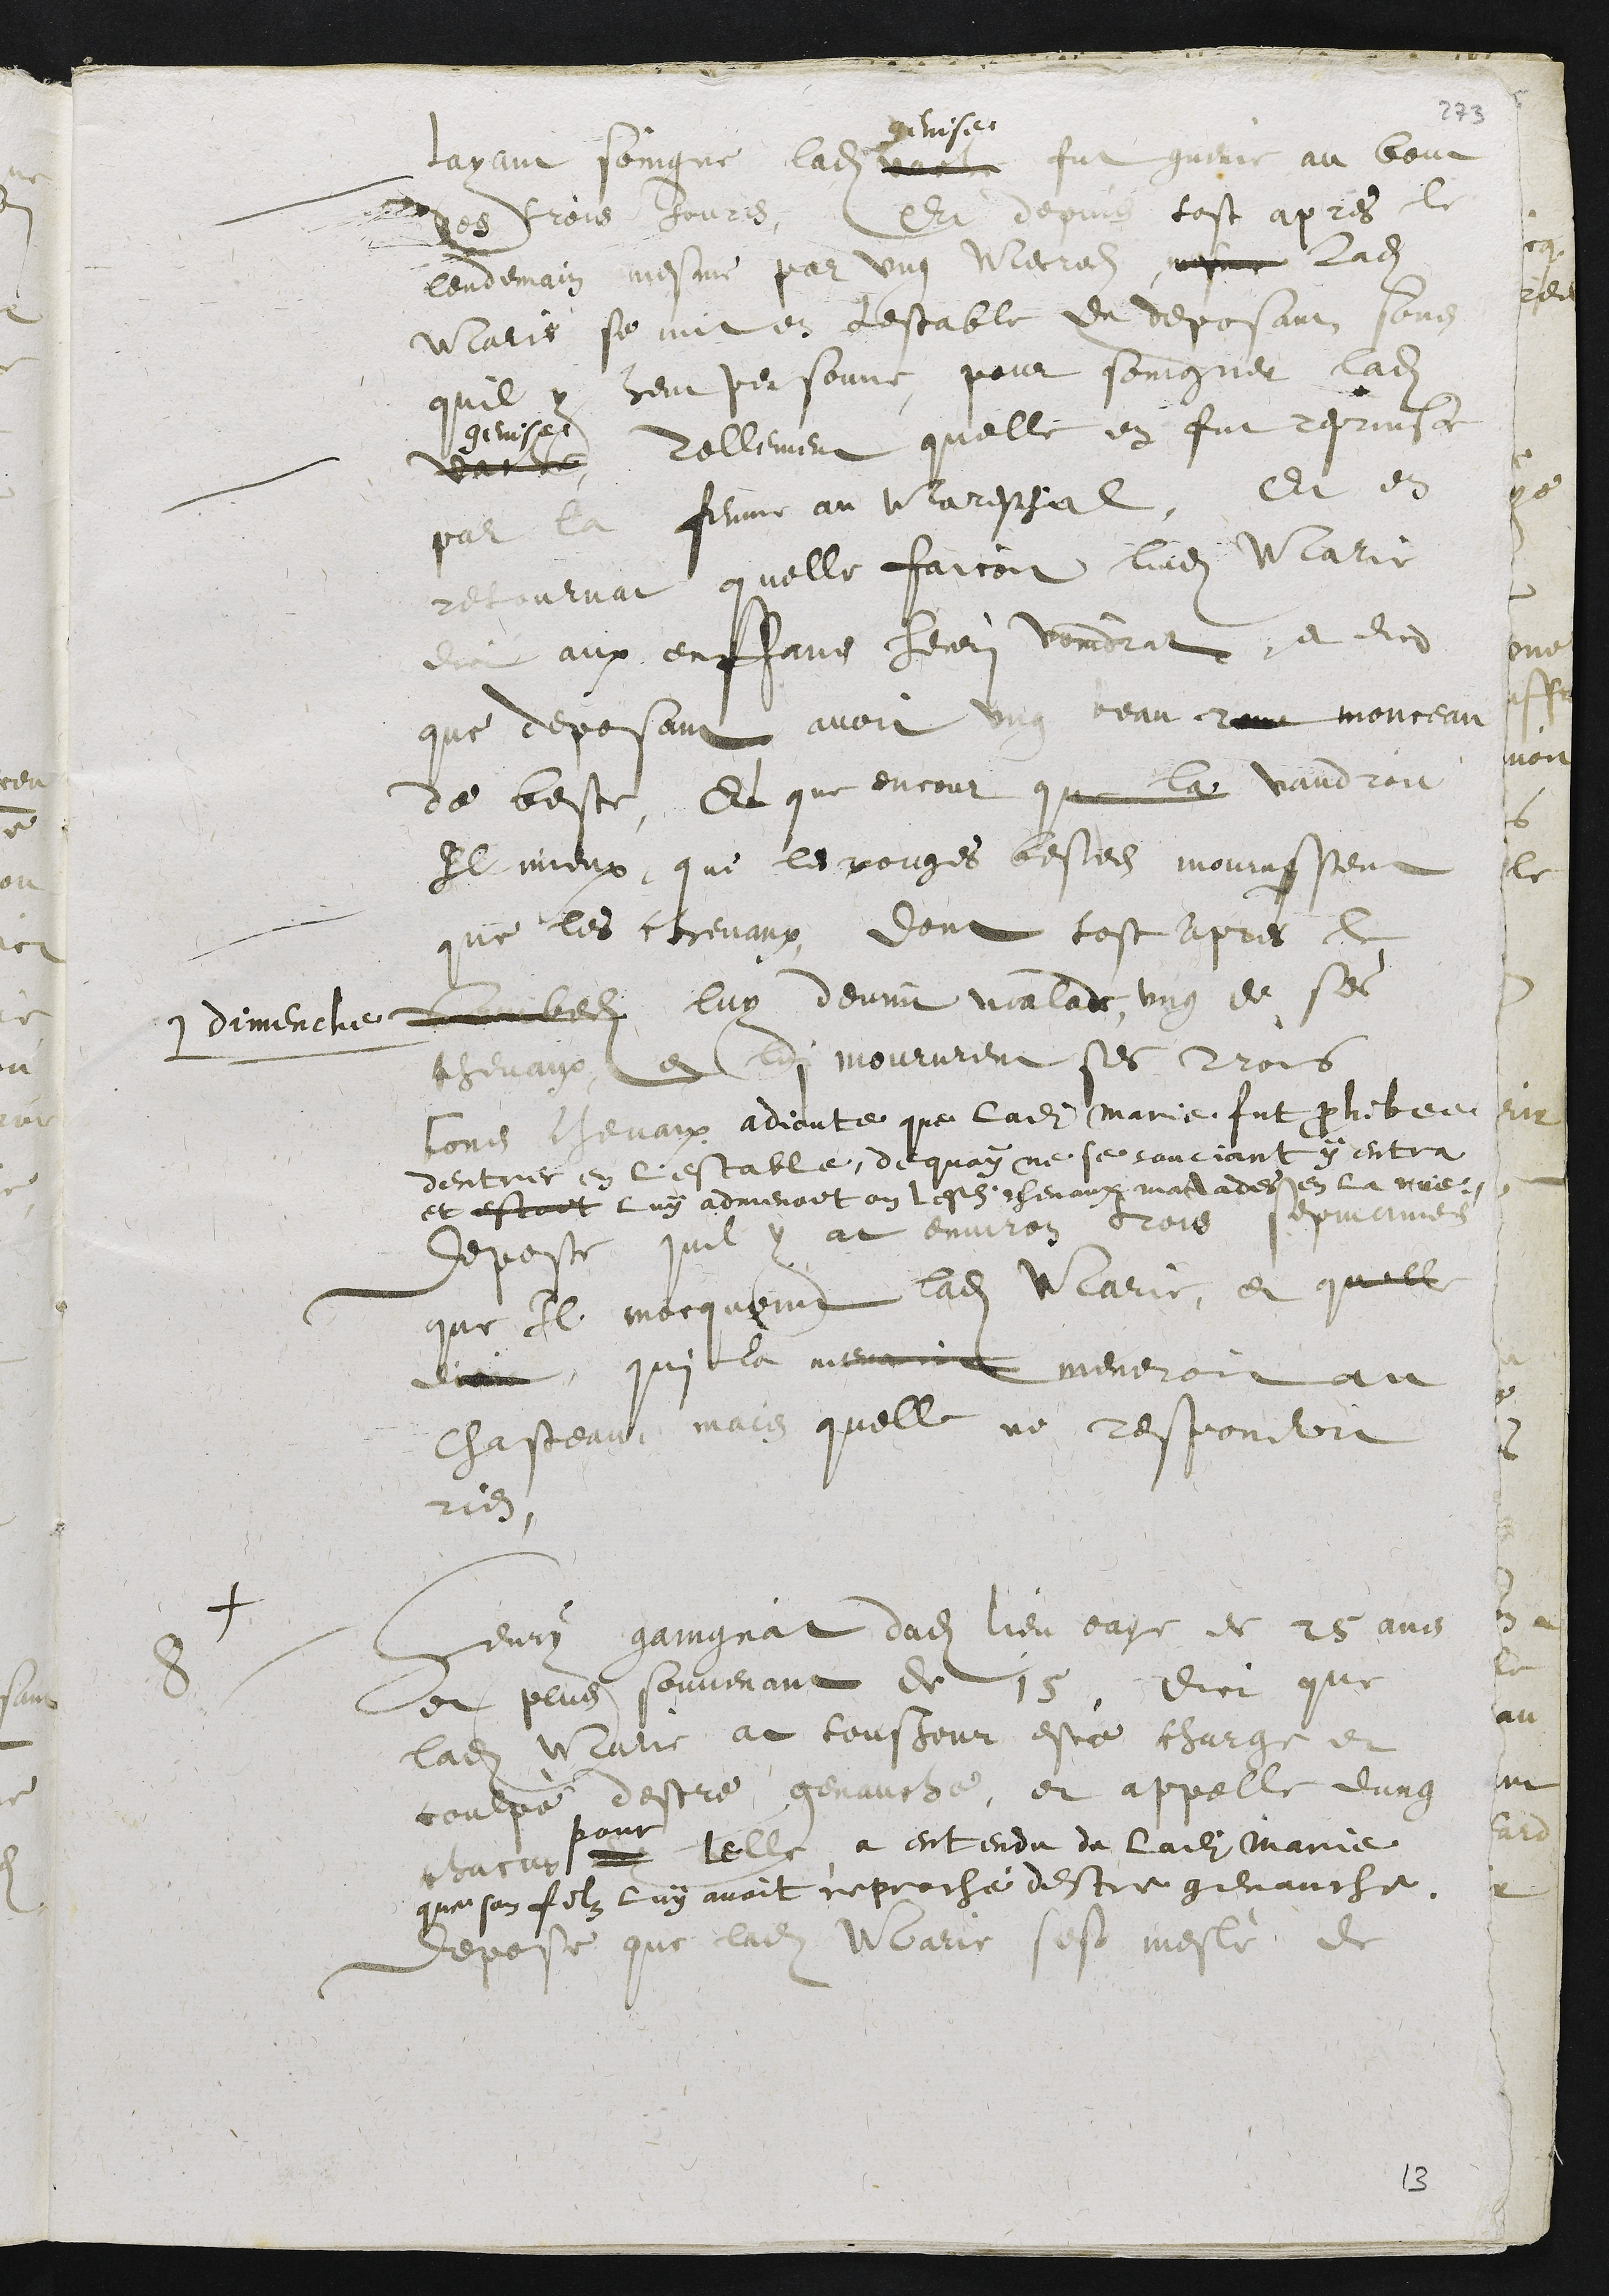
Layant soigne ladite vache
genise
fut guerit au bout
des trois jours, Et depuis tost apres le
lendemain mesme par ung Mareschal, mesme ladite
Marie se mit en lestable de deposant sens
quil y heut personne pour soingner ladite
genise,
vache, Tellement quelle en fut reprinse
par la femme au mareschial, Et en
retournat quelle faicoit ladite Marie
dict aux enffans henri Voindrat, et dict
que deposant avoit ung beau rere monceau
de beste, Et que encour que la vaudroit
Il mieux, que les rouges bestes mourussent
que les chevaux, dont sept apres [le]
L dimenche sambedi luy devint malade, ung de ses
chevaux et lui moururent ses trois
bons chevaux. adioute que ladite marie fut prohibee
dentrer en lestable, dequoÿ ne se souciant ÿ entra
et estant luÿ admenant en lesdits chevaux malades en la vie.
Depose quil y at environ trois sepmaines
que Il marquoint ladite Marie, et quelle
diroit, qui la menoit meneroit au
chasteau, mais quelle ne respondoit
rien.
+ Henrÿ gaingnat dudit lieu eage de 25 ans
8
et plus souvenant de 15, dict que
ladite Marie at tousjour este charge et
coulpè destre genauche, et appelle lung
chacun
pour
Lad telle, a entendu de ladite Marie
que son filz luÿ avoit reproché destre genauche.
Depose que ladite Marie sest meslè de